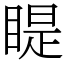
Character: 睼